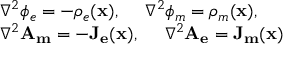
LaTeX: \begin{array} { l } { { \nabla ^ { 2 } \phi _ { e } = - \rho _ { e } ( \mathbf { x } ) , ~ ~ ~ ~ \nabla ^ { 2 } \phi _ { m } = \rho _ { m } ( \mathbf { x } ) , } } \\ { { \nabla ^ { 2 } \mathbf { A _ { m } } = - \mathbf { J _ { e } } ( \mathbf { x } ) , ~ ~ ~ ~ \nabla ^ { 2 } \mathbf { A _ { e } } = \mathbf { J _ { m } } ( \mathbf { x } ) } } \end{array}